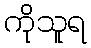
ကိုသူရ